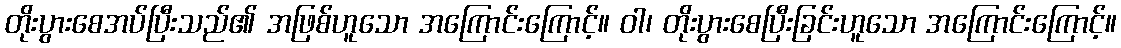
တိုးပွားစေအပ်ပြီးသည်၏ အဖြစ်ဟူသော အကြောင်းကြောင့်။ ဝါ၊ တိုးပွားစေပြီးခြင်းဟူသော အကြောင်းကြောင့်။